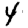
Digit: 4